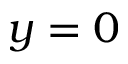
y = 0